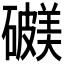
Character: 𥖺